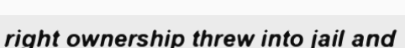
right ownership threw into jail and